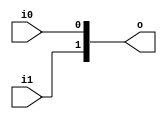
module v80ac84_v9a2a06 (
 input i1,
 input i0,
 output [1:0] o
);
 assign o = {i1, i0};
endmodule